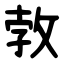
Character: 㪍